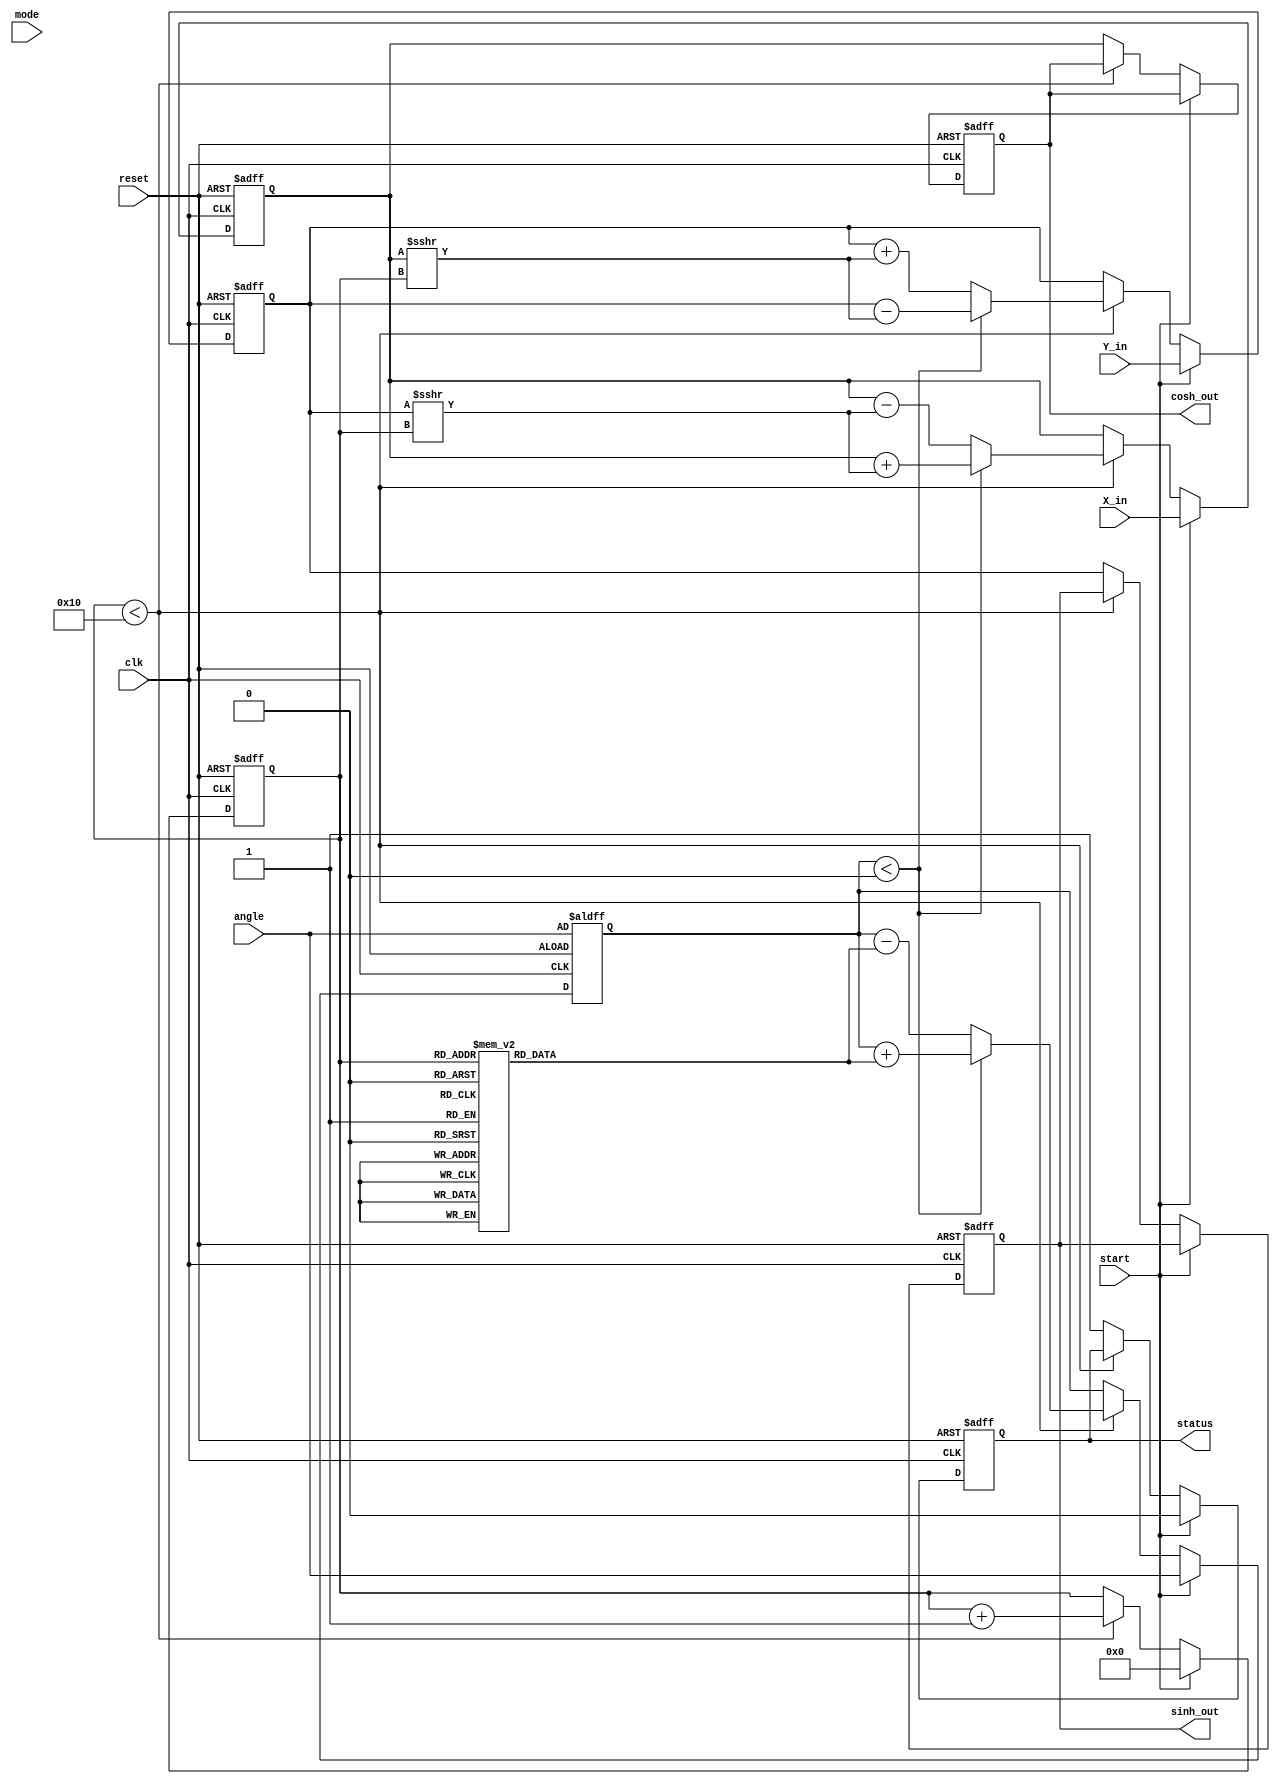
module hyperbolic_cordic (
    input wire clk,
    input wire reset,
    input wire start,
    input wire [15:0] X_in,  // Fixed-point input for X
    input wire [15:0] Y_in,  // Fixed-point input for Y
    input wire [15:0] angle,  // Angle in radians
    input wire mode,  // 0 for circular, 1 for hyperbolic
    output reg [15:0] sinh_out,  // Output for sinh(X)
    output reg [15:0] cosh_out,  // Output for cosh(X)
    output reg status  // Status signal
);

    parameter ITERATIONS = 16;  // Number of iterations
    reg [15:0] X, Y, Z;  // Internal variables for computation
    reg [3:0] count;  // Iteration counter
    reg [15:0] atan_table [0:ITERATIONS-1];  // Angle lookup table

    // Initializing the arctanh values for the CORDIC algorithm
    initial begin
        atan_table[0] = 16'h1C71; // arctanh(1/2^0)
        atan_table[1] = 16'h1B71; // arctanh(1/2^1)
        atan_table[2] = 16'h1A7A; // arctanh(1/2^2)
        atan_table[3] = 16'h19B9; // arctanh(1/2^3)
        // ... fill in other values
        atan_table[15] = 16'h0;   // Last value (0)
    end

    // CORDIC computation process
    always @(posedge clk or posedge reset) begin
        if (reset) begin
            X <= 0;
            Y <= 0;
            Z <= angle;
            count <= 0;
            sinh_out <= 0;
            cosh_out <= 0;
            status <= 0;
        end else if (start) begin
            // Load inputs
            X <= X_in;
            Y <= Y_in;
            Z <= angle;
            count <= 0;
            status <= 0;
        end else if (count < ITERATIONS) begin
            // CORDIC iteration
            if (Z < 0) begin
                // Update for clockwise rotation
                X <= X + (Y >>> count);
                Y <= Y - (X >>> count);
                Z <= Z + atan_table[count];
            end else begin
                // Update for counter-clockwise rotation
                X <= X - (Y >>> count);
                Y <= Y + (X >>> count);
                Z <= Z - atan_table[count];
            end
            count <= count + 1;
        end else begin
            // Final output after iterations
            sinh_out <= Y;  // Output for sinh
            cosh_out <= X;  // Output for cosh
            status <= 1;    // Indicate completion
        end
    end
endmodule